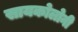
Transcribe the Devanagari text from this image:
सायकोलोनी